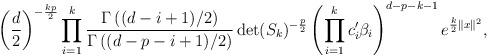
LaTeX: \begin{align*}\left(\frac{d}{2}\right)^{-\frac{kp}{2}}\prod_{i=1}^{k} \frac{ \Gamma \left( (d-i+1)/2\right)}{\Gamma \left((d-p-i+1)/2\right)}\det(S_{k})^{-\frac{p}{2}}\left(\prod_{i=1}^k c_i'\beta_i \right)^{d-p-k-1}e^{\frac{k}2 \|x\|^2},\end{align*}